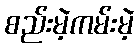
စည်းမဲ့ကမ်းမဲ့